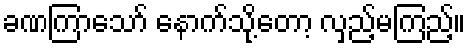
ခဏကြာသော် နောက်သို့တော့ လှည့်မကြည့်။